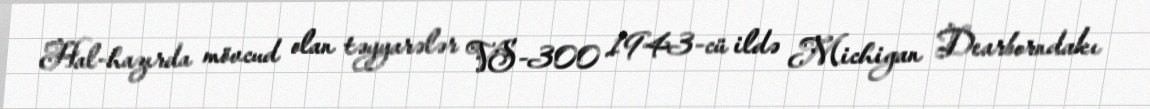
Hal-hazırda mövcud olan təyyarələr VS-300 1943-cü ildə Michigan Dearborndakı